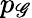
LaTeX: p_{\mathscr{G}}